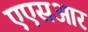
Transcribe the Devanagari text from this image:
एएसआर